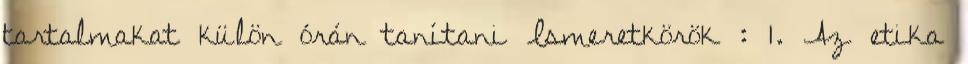
tartalmakat külön órán tanítani Ismeretkörök : 1. Az etika